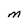
Character: M